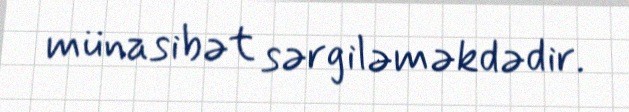
münasibət sərgiləməkdədir.